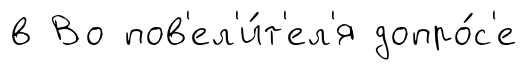
в Во пов'ел'и́т'ел'я допро́с'е